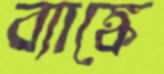
ব্যাঙ্কে